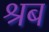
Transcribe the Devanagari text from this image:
श्रब